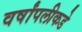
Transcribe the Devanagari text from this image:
वर्षांपलीकडे